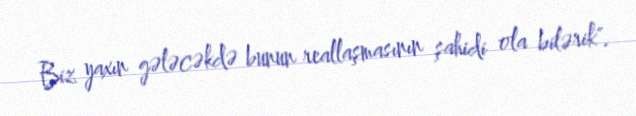
Biz yaxın gələcəkdə bunun reallaşmasının şahidi ola bilərik".